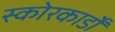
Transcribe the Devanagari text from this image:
स्कोरकार्डों